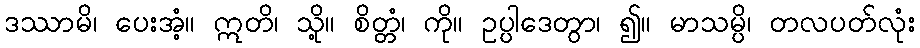
ဒဿာမိ၊ ပေးအံ့။ ဣတိ၊ သို့။ စိတ္တံ၊ ကို။ ဥပ္ပါဒေတွာ၊ ၍။ မာသမ္ပိ၊ တလပတ်လုံး